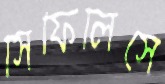
সিফিলিসে